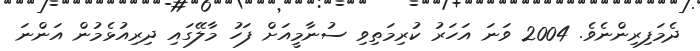
ދެމަފިރިންނެވެ. 2004 ވަނަ އަހަރު ކުރިމަތިވި ސުނާމީއަށް ފަހު މާލޭގައި ދިރިއުޅެމުން އަންނަ